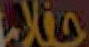
حتلام